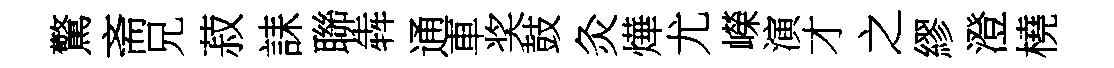
驚斋兄菽誄聯犇通車奖鼓灸燁尤嶸演才之繆澄橈